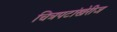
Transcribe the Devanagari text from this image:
चित्रपटांखेरीज